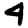
Digit: 4